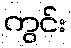
ကွင်း